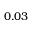
0 . 0 3